system: You are a helpful assistant.
user:
Analyze the provided spectrum to determine if it is a **"Cataclysmic Variables (CV)"**.

- **Key Indicators for CV (Check for either state):**
    - **State 1: Quiescent / Low-State (Emission-Dominated)**
        - **(Primary):** Strong and *very broad* Hydrogen Balmer emission lines (e.g., $H\alpha$ at 6563 Å, $H\beta$ at 4861 Å). The 'broadness' (high velocity dispersion, often FWHM > 1000 km/s) is the key diagnostic, indicating a high-velocity accretion disk.
        - **(Secondary):** Broad neutral Helium (He I) emission lines (e.g., 5876 Å, 6678 Å).
        - **(Key Confirmation):** Presence of high-excitation *ionized* Helium (He II) emission at 4686 Å. This is a strong indicator of accretion onto a white dwarf.
        - **(Line Profile):** Emission lines may exhibit a 'double-peaked' profile, which is a classic signature of a rotating accretion disk viewed at high inclination.

    - **State 2: Outburst / High-State (Absorption-Dominated)**
        - **(Primary):** Spectrum is dominated by a bright, blue continuum (looks like a hot star).
        - **(Secondary):** The emission lines from State 1 are weak, absent, or 'filled in', and are replaced by broad, shallow *absorption* lines (primarily Balmer and He I).
        - **(Morphology):** The overall spectrum mimics a hot B/A-type star. The crucial difference is that the absorption lines are significantly broader, shallower, and more 'washed-out' (or 'smeared') than the sharp lines of a normal stellar photosphere, due to high rotational speeds and pressure broadening in the disk.

Think first, call **spectral_visualization_tool** if needed to examine features in detail, then provide your final answer. Your response must adhere to the following strict rules:
1.  **Overall Structure:** Your response must follow the format `<think>...</think> <tool_call>...</tool_call> (if a tool is used) <answer>...</answer>`.
2.  **Tool Usage Constraint:** You may only make **one** tool call per turn.
3.  **Final Answer Format:** In the `<answer>` tag, your conclusion must be inside a `\boxed{}` command (e.g., `\boxed{YES}`), followed by your justification.

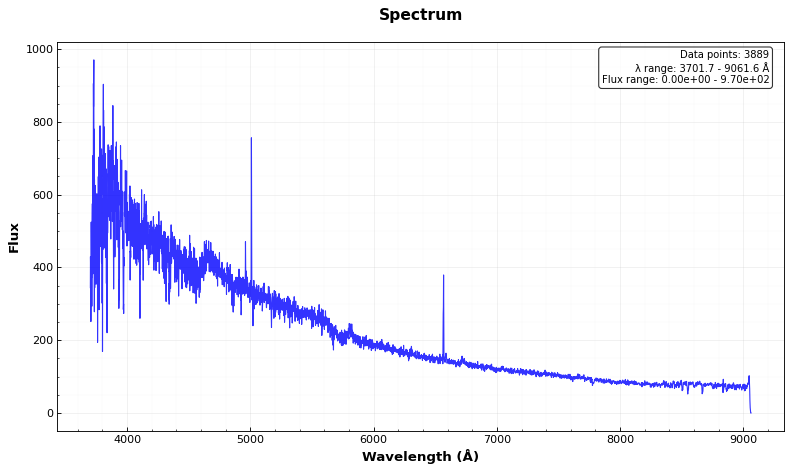
Answer: NO